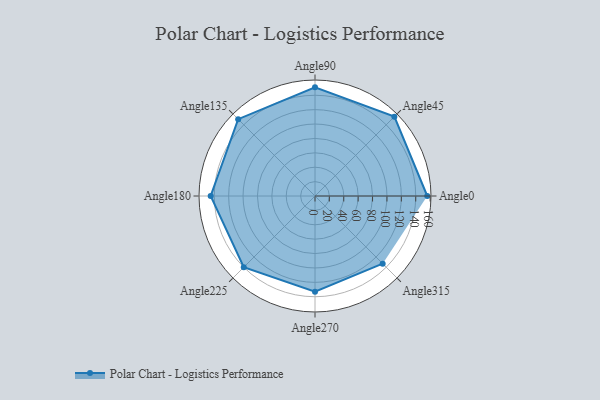
{"axis": {"x": "Angle", "y": "Radius"}, "legend": [""], "data": [{"x": "Angle0", "y": 156.0, "type": ""}, {"x": "Angle45", "y": 156.0, "type": ""}, {"x": "Angle90", "y": 151.0, "type": ""}, {"x": "Angle135", "y": 151.0, "type": ""}, {"x": "Angle180", "y": 145.0, "type": ""}, {"x": "Angle225", "y": 140.0, "type": ""}, {"x": "Angle270", "y": 133.0, "type": ""}, {"x": "Angle315", "y": 133.0, "type": ""}]}